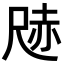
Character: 𭕢